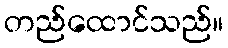
တည်ထောင်သည်။